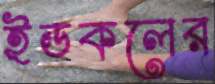
ইডকলের